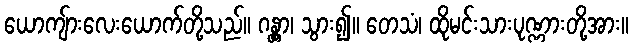
ယောကျ်ားလေးယောက်တို့သည်။ ဂန္တွာ၊ သွား၍။ တေသံ၊ ထိုမင်းသားပုဏ္ဏားတို့အား။